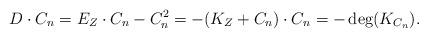
LaTeX: \begin{align*}D \cdot C_n =E_Z \cdot C_n- C_n^2=-(K_Z +C_n)\cdot C_n = -\deg(K_{C_n}).\end{align*}